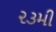
૨૩મી